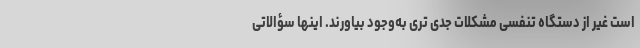
است غیر از دستگاه تنفسی مشکلات جدی تری به‌وجود بیاورند. اینها سؤالاتی